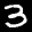
Label: 3